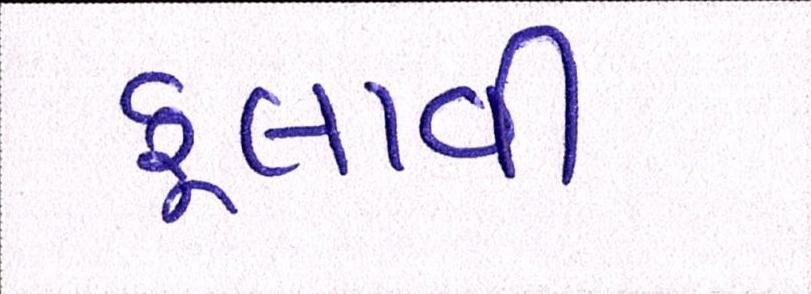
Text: ફુલાવી